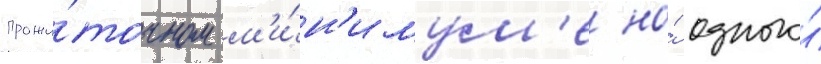
прожи́точном м'и́н'имум'е на́ одного́